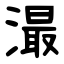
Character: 㵊